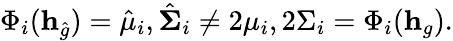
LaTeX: \Phi_{i}(\mathbf h_{\hat{g}})=\hat{\mu}_{i},\hat{\mathbf\Sigma}_{i}\neq 2\mu_{i},2\Sigma_{i}=\Phi_{i}(\mathbf h_{g}).